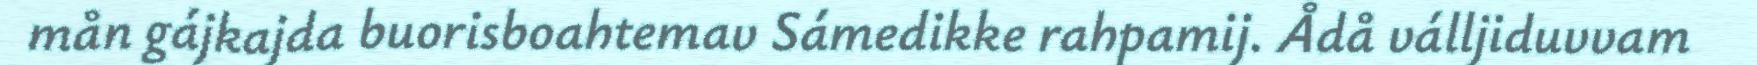
mån gájkajda buorisboahtemav Sámedikke rahpamij. Ådå válljiduvvam